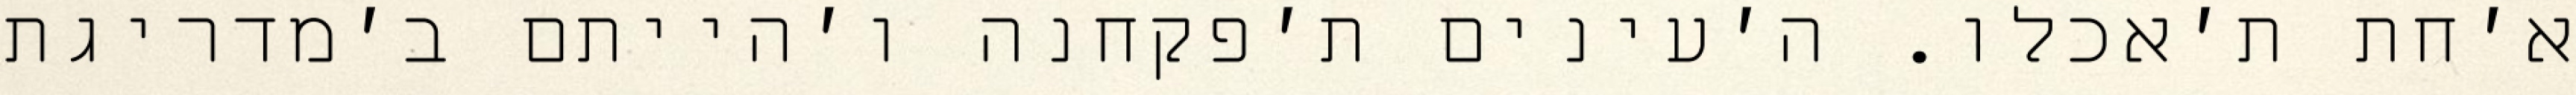
א׳חת ת׳אכלו. ה׳עינים ת׳פקחנה ו׳הייתם ב׳מדריגת